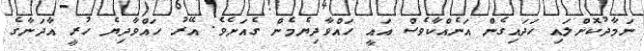
ނަމާދުކޮށްލައި ހަދައިގެން އަނެއްކާވެސް އައީ ހައްވާދިޔެމެން ގެއަށެވެ. އޭރު ހައްވާދިޔެ ހުރީ އާދަނާގެ